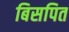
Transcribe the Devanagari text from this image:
बिसपित